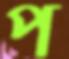
প